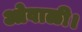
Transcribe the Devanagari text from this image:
ओवाळी।